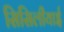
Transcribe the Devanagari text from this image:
सिसिलीयाई